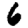
Digit: 6